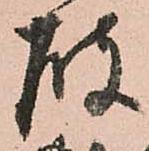
破